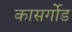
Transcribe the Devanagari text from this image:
कासर्गोड